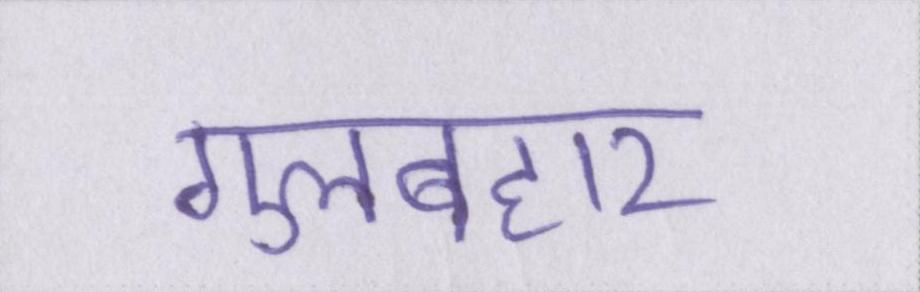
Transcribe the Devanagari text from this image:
गुलबहार